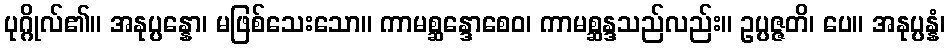
ပုဂ္ဂိုလ်၏။ အနုပ္ပန္နော၊ မဖြစ်သေးသော။ ကာမစ္ဆန္ဒောစေဝ၊ ကာမစ္ဆန္ဒသည်လည်း။ ဥပ္ပဇ္ဇတိ၊ ပေ။ အနုပ္ပန္နံ၊